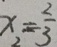
x = \frac { 2 } { 3 }